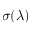
\sigma ( \lambda )